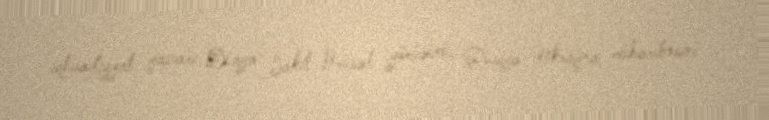
iqtisadiyyat yazarı Dünya Sakit Brüssel görüşünü, Rusiya-Ukrayna müharibəsini